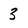
Character: 3